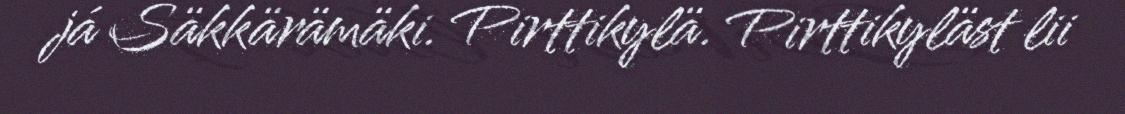
já Säkkärämäki. Pirttikylä. Pirttikyläst lii